Civil Veterinary Department Bihar reports 1940-50 - 1940-1950
Year: 1940
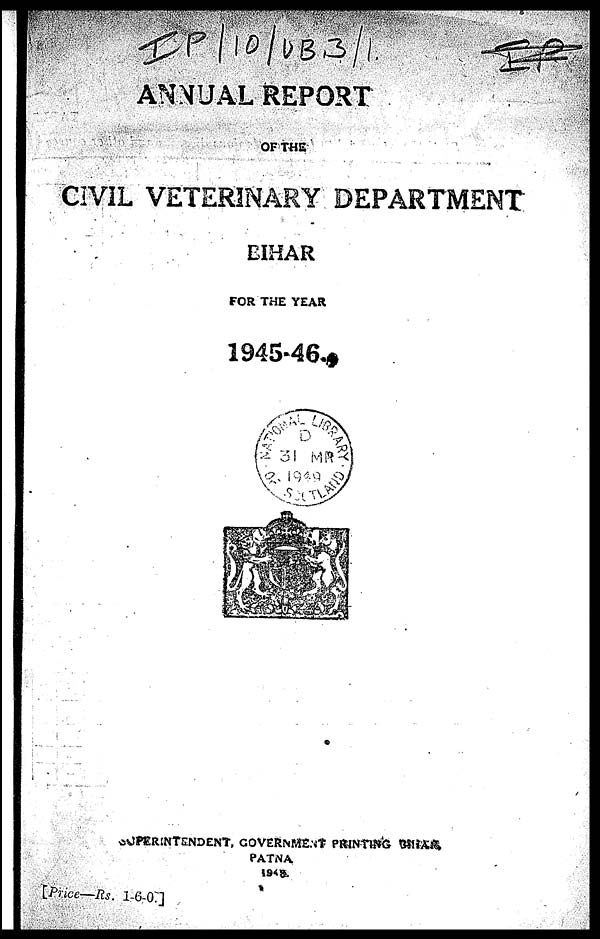
ANNUAL REPORT
OF THE
CIVIL VETERINARY DEPARTMENT
BIHAR
FOR THE YEAR
1945-46.
SUPERINTENDENT, GOVERNMENT PRINTING BIHAR
PATNA
1942.
[Price—Rs. 1-6-0.]